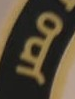
مصر